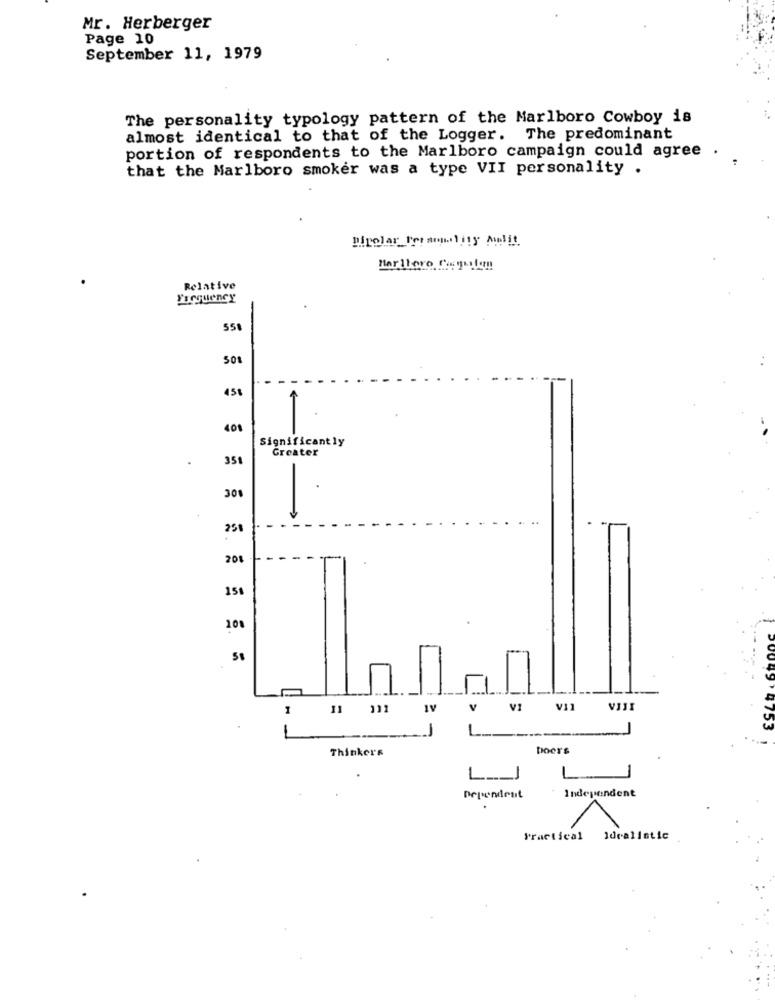
Mr. Herberger
Page 10
September 11, 1979
The personality typology pattern of the Marlboro Cowboy is
almost identical to that of the Logger. The predominant
portion of respondents to the Marlboro campaign could agree .
that the Marlboro smoker was a type VII personality .
Bipolar Personality Mmlit
Relative
Frequency
558
458
401
Significantly
Greater
351
300
250
10%
151
100
1
11 111
IV
V
VI
VI1
VIJI
-
Thinkers
Doers
L ___ J
L
Dependent
Independent
1
Practical Idealistic